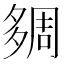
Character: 㚋